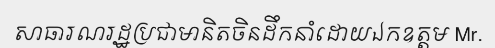
សាធារណរដ្ឋប្រជាមានិតចិនដឹកនាំដោយឯកឧត្តម Mr.